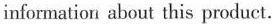
information about this product.